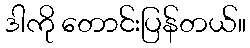
ဒါကို တောင်းပြန်တယ်။